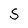
Character: S